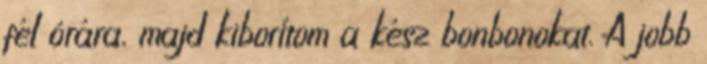
fél órára, majd kiborítom a kész bonbonokat. A jobb